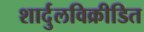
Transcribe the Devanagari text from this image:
शार्दुलविक्रीडित